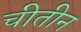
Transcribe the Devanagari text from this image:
चीतीन